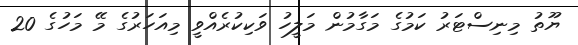
ޔޫތު މިނިސްޓަރު ކަމުގެ މަގާމުން މަލީހު ވަކިކުރެއްވީ މިއަހަރުގެ މޭ މަހުގެ 20